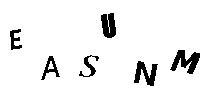
EASUNM